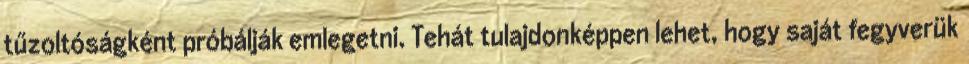
tűzoltóságként próbálják emlegetni. Tehát tulajdonképpen lehet, hogy saját fegyverük